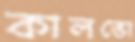
কালভো